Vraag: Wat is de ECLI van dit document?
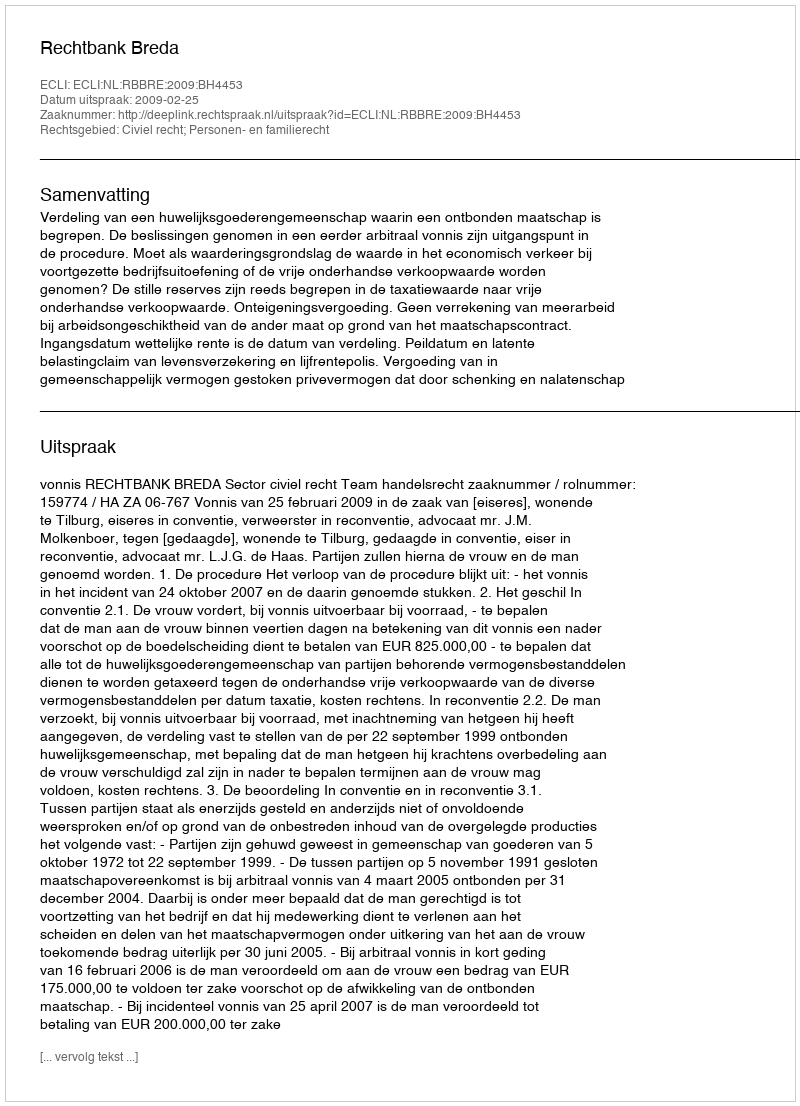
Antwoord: ECLI:NL:RBBRE:2009:BH4453